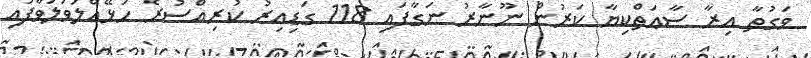
ވަގުތާ އިރާ ސާޢަތްކިޔާ ކަރުން ނޫނާރު ނަގާފައި 118 ގަޑިއިރު ކުރިއްސުރެ ހަޅޭއްލަވަލަވާފައި